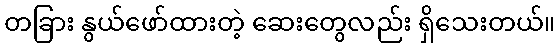
တခြား နွယ်ဖော်ထားတဲ့ ဆေးတွေလည်း ရှိသေးတယ်။